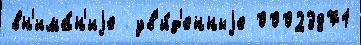
вн'има́н'иjе  ув'и́д'енныjе 00023871